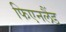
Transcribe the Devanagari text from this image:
फिएनलैंड